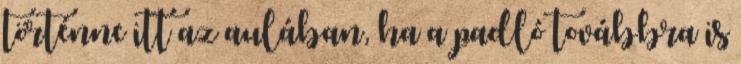
történne itt az aulában, ha a padló továbbra is